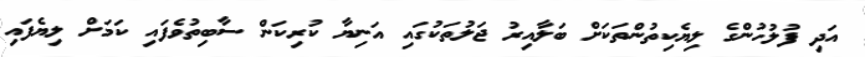
އަދި ފުލުހުންގެ ލިޔެކިތުންތަކަށް ބަލާއިރު ޖަލުތަކުގައި އަނިޔާ ކުރިކަން ސާބިތުވެފައި ކަމަށް ލިޔެފައި